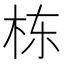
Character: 栋